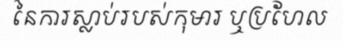
នៃការស្លាប់របស់កុមារ ឬប្រហែល